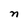
Character: n